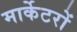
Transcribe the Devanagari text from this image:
मार्केटरों